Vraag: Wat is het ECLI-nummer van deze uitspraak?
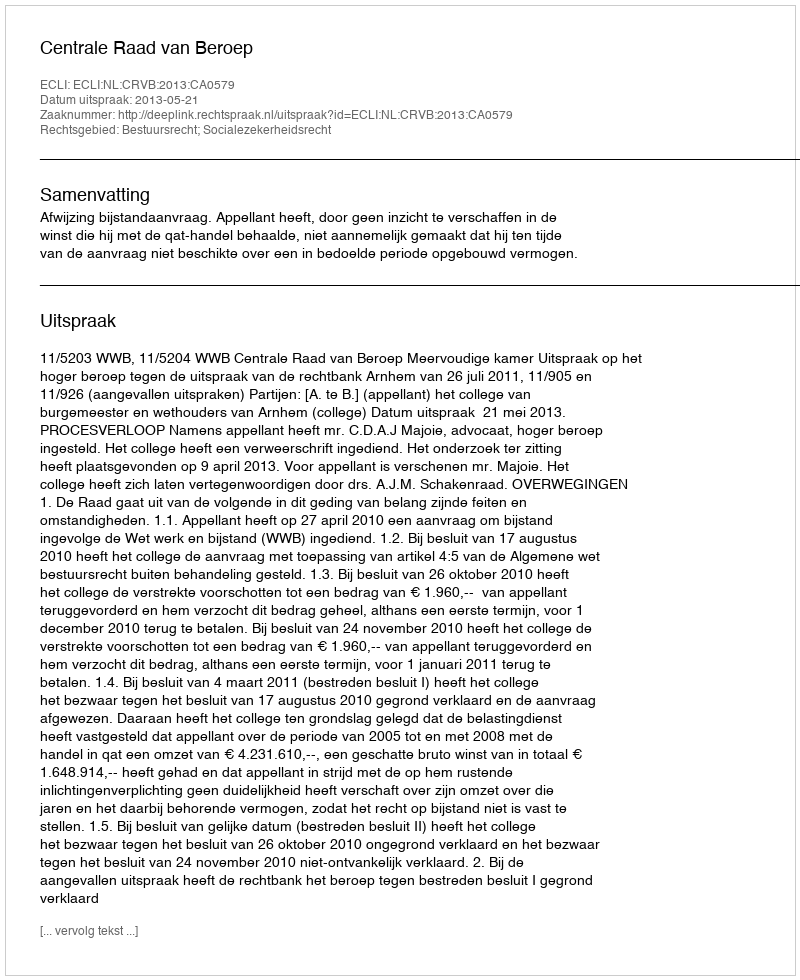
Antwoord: ECLI:NL:CRVB:2013:CA0579